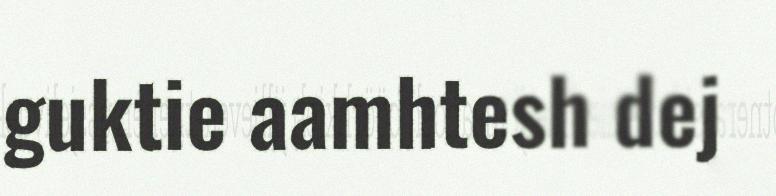
guktie aamhtesh dej